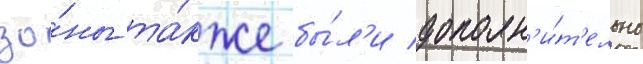
зо́ны та́кже бы́л'и дополн'и́т'ельно